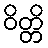
ဝိတ္တိ